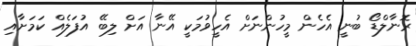
ރޮނާލްޑޯ ބުނީ އެހެން މީހުންނަށް އެހީވުމަކީ އޭނާ އަށް ލިބޭ އުފަލެއް ކަމަށާއި